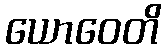
ယောဝေတိ